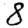
Digit: 8